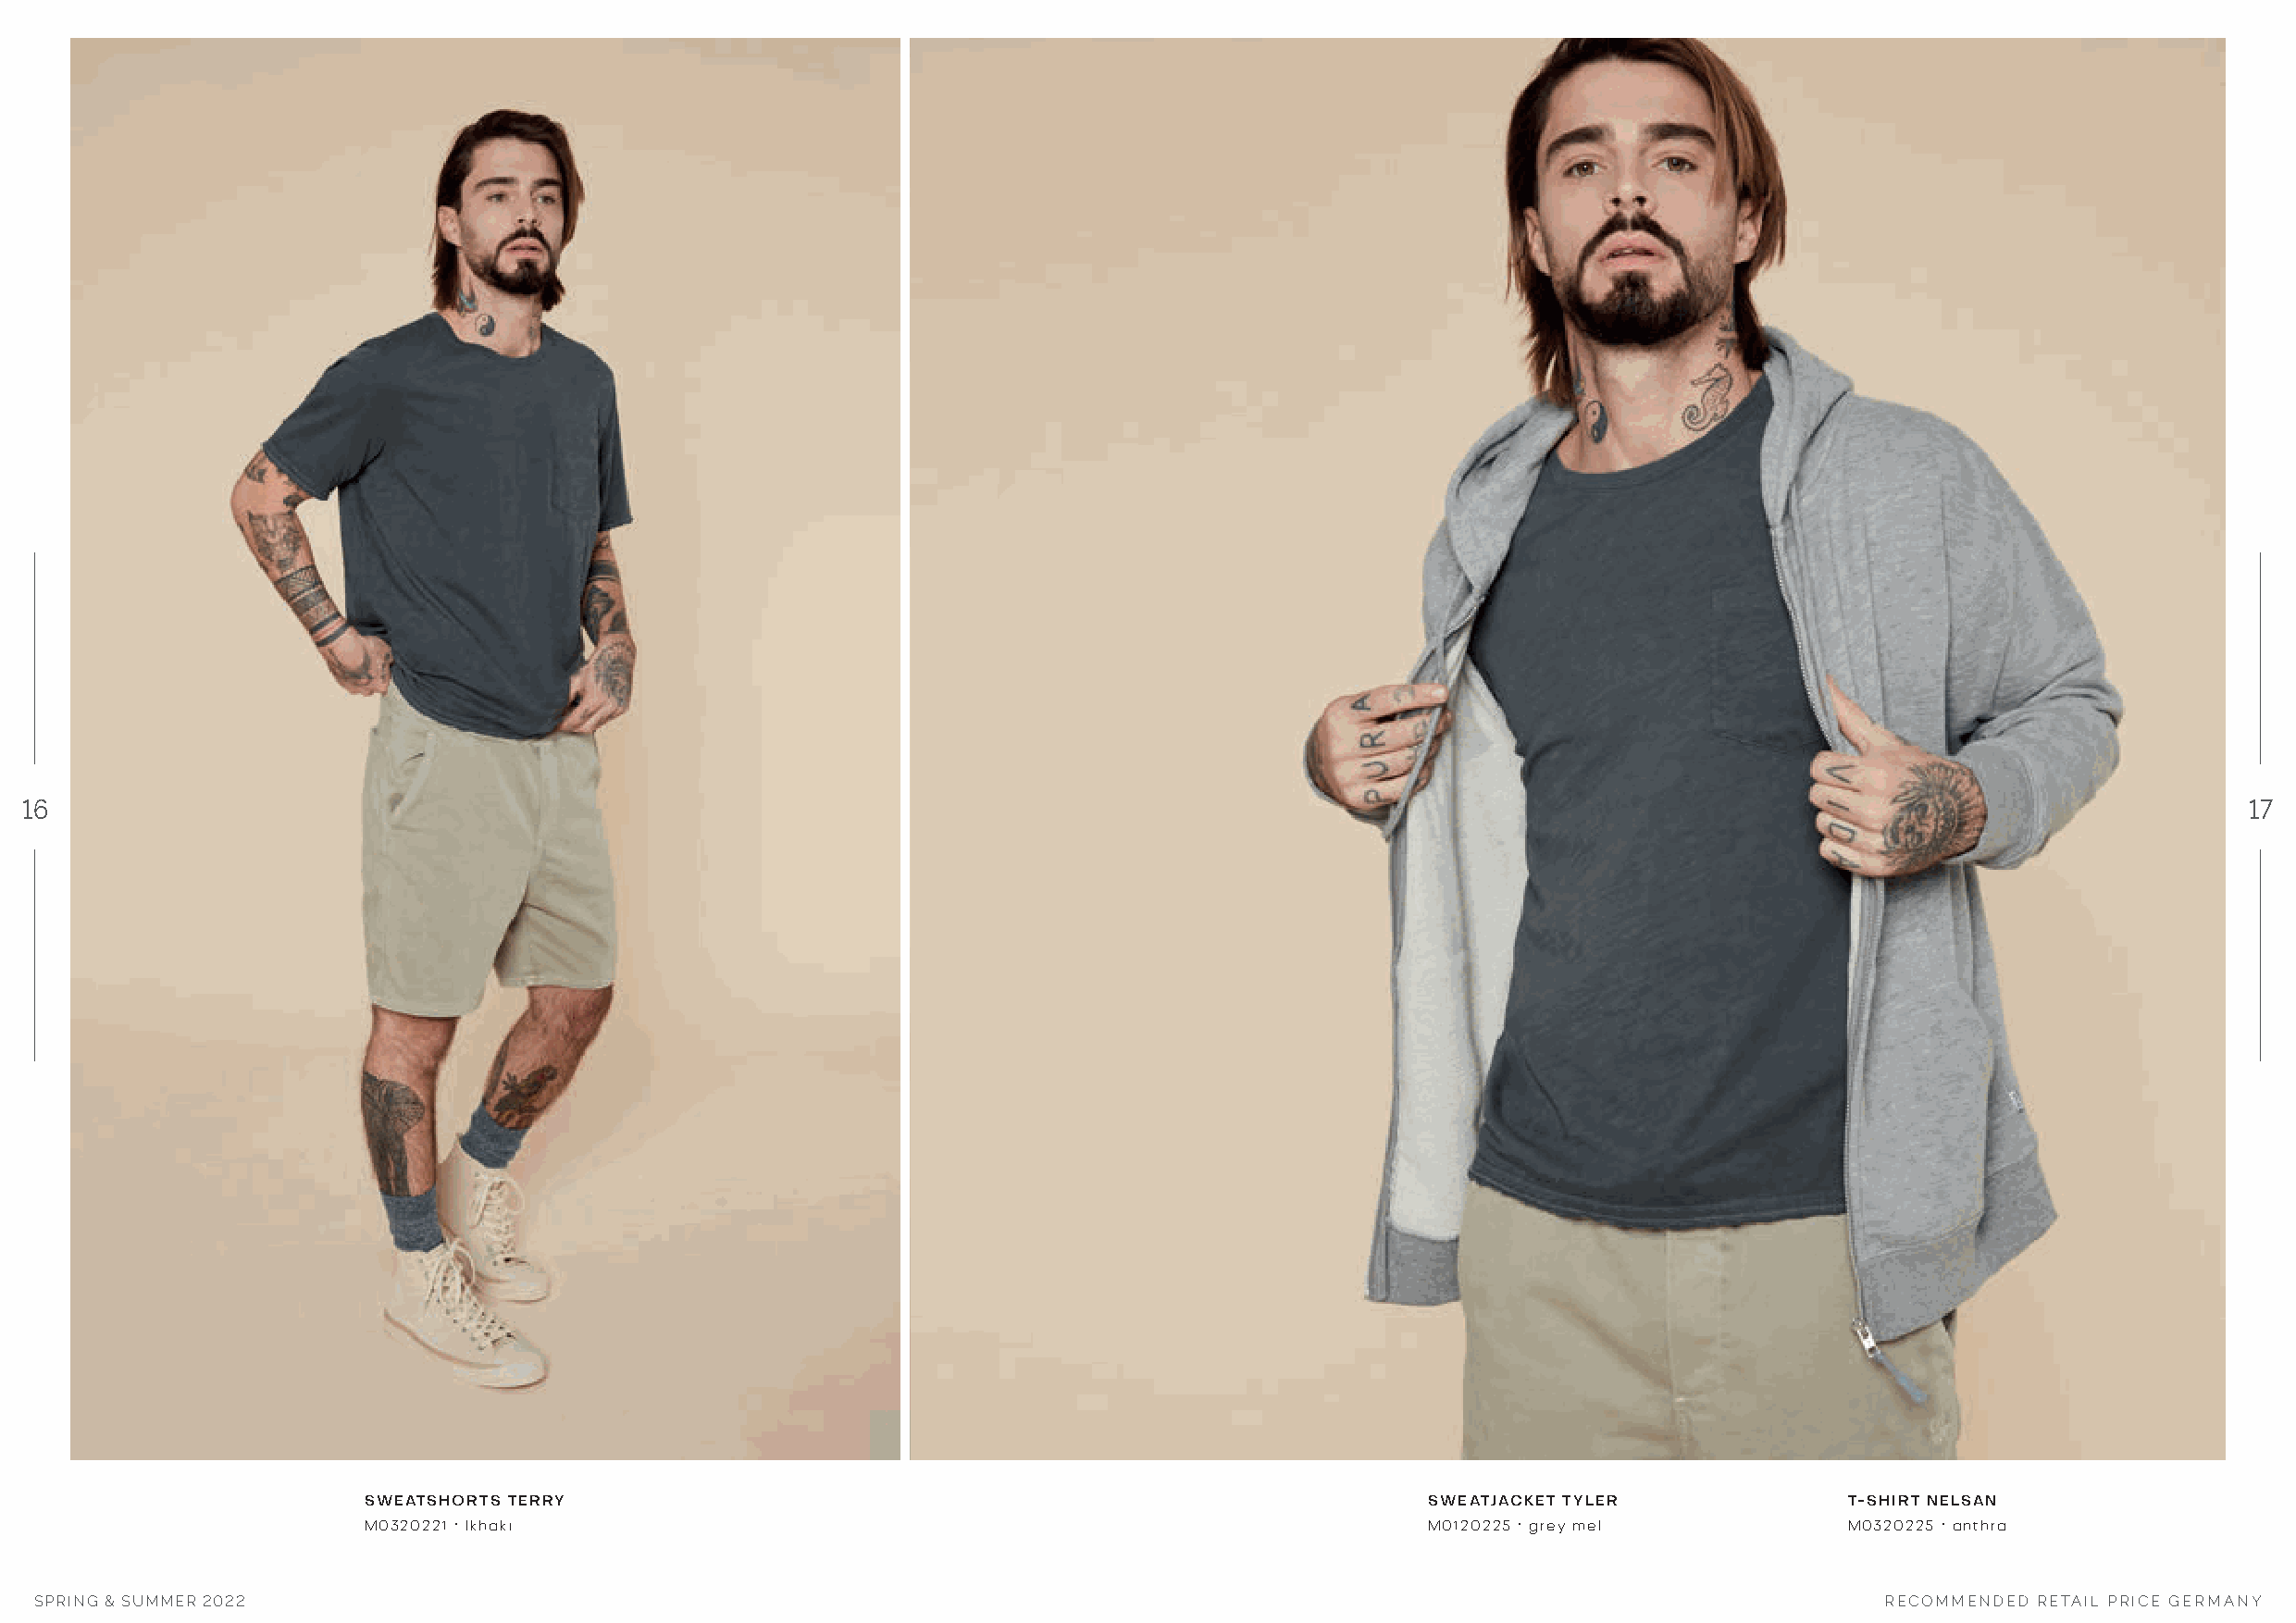
16                                                                                                                                                             17
 SWEATSHORTS TERRY                                                           SWEATJACKET TYLER             T-SHIRT NELSAN
 M0320221 · lkhaki                                                           M0120225 · grey mel           M0320225 · anthra
 SPRING & SUMMER 2022                                                                                                                 RECOMMENDED RETAIL PRICE GERMANY